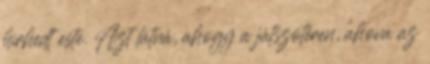
hírhedt este. Azt látná, ahogy a játszótéren, ahova az